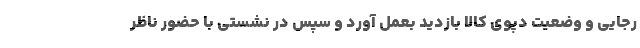
رجایی و وضعیت دپوی کالا بازدید بعمل آورد و سپس‌ در نشستی با حضور ناظر